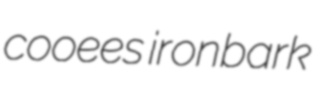
cooees ironbark